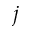
j